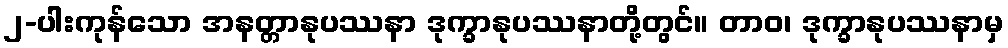
၂-ပါးကုန်သော အနတ္တာနုပဿနာ ဒုက္ခာနုပဿနာတို့တွင်။ တာဝ၊ ဒုက္ခာနုပဿနာမှ